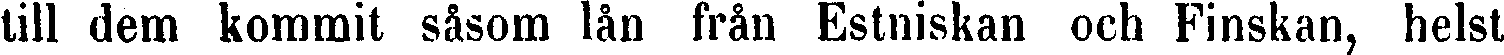
till dem kommit såsom lån från Estniskan och Finskan, helst